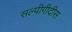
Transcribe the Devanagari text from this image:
सल्पीगीदीस